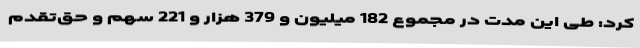
کرد: طی این مدت در مجموع 182 میلیون و 379 هزار و 221 سهم و حق‌تقدم